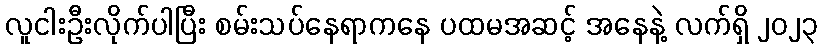
လူငါးဦးလိုက်ပါပြီး စမ်းသပ်နေရာကနေ ပထမအဆင့် အနေနဲ့ လက်ရှိ ၂၀၂၃